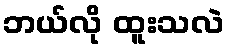
ဘယ်လို ထူးသလဲ